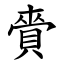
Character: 賫